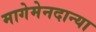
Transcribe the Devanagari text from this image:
मागेमेनदान्या